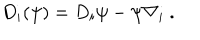
D _ { i } ( \psi ) = D _ { i } \psi - \psi \nabla _ { i } ~ . \nonumber